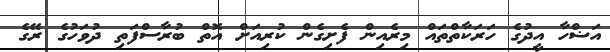
އަޟްހާ އީދުގެ ހަރަކާތްތައް މިރެއިން ފެށިގެން ކުރިއަށް އޮތް ބުރާސްފަތި ދުވަހުގެ ރޭގެ